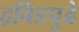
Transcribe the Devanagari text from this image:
द्रविडपुढे